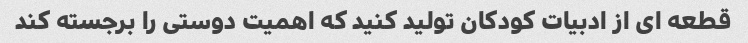
قطعه ای از ادبیات کودکان تولید کنید که اهمیت دوستی را برجسته کند